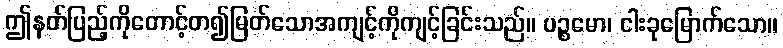
ဤနတ်ပြည့်ကိုတောင့်တ၍မြတ်သောအကျင့်ကိုကျင့်ခြင်းသည်။ ပဉ္စမော၊ ငါးခုမြောက်သော။